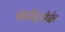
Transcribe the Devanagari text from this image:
खरीदनेके